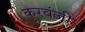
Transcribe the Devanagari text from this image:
कुरवंजी